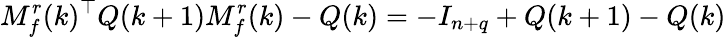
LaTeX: M_{f}^{r}(k)^{\top}Q(k+1)M_{f}^{r}(k)-Q(k)=-I_{n+q}+Q(k+1)-Q(k)